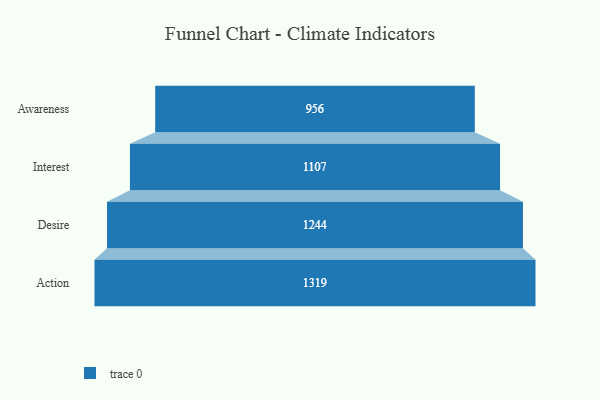
{"axis": {"x": "Stage", "y": "Value"}, "legend": [""], "data": [{"x": "Awareness", "y": 956.0, "type": ""}, {"x": "Interest", "y": 1107.0, "type": ""}, {"x": "Desire", "y": 1244.0, "type": ""}, {"x": "Action", "y": 1319.0, "type": ""}]}